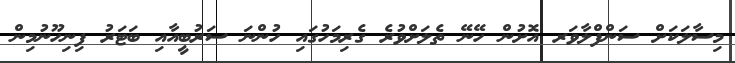
މިސާލަކަށް ސަންފްލާވަރ އޮށުން ހޭނޭ ތެލަށްވުރެ ގެރިމަހުގައި ހުންނަ ސަރުބީއާއި ބަޓަރު ފިނިހޫނުމިން